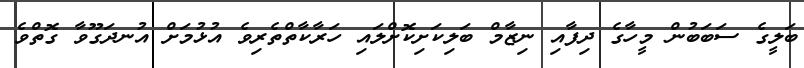
ބަލީގެ ސަބަބުން މީހާގެ ދިފާއި ނިޒާމް ބަލިކަށިކޮށްލައި ހަރާކާތްތެރިވެ އުޅުމަށް އުނދަގޫވާ ގޮތްވެ